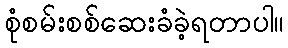
စုံစမ်းစစ်ဆေးခံခဲ့ရတာပါ။